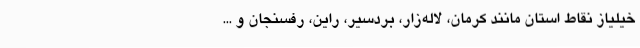
خیلیاز نقاط استان مانند کرمان، لاله‌زار، بردسیر، راین، رفسنجان و ...